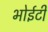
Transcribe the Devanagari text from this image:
भोईटी